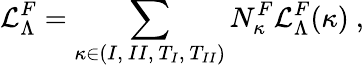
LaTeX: {\cal L}_{\Lambda}^{F}=\sum_{\kappa\in{(I,~II,~T_{I},~T_{II})}}N_{\kappa}^{F}{\cal L}_{\Lambda}^{F}(\kappa)~,